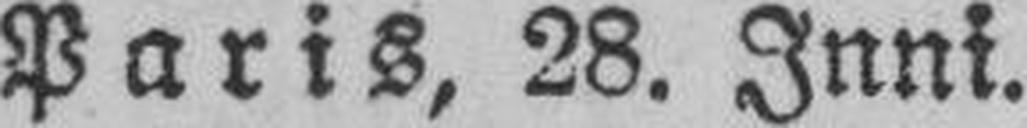
Paris, 28. Jnni.